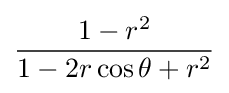
{\frac {1-r^{2}}{1-2r\cos \theta +r^{2}}}